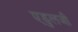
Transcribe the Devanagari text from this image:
एडुलजी